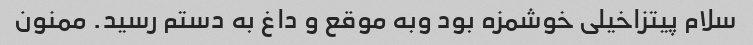
سلام پیتزاخیلی خوشمزه بود وبه موقع و داغ به دستم رسید. ممنون